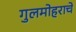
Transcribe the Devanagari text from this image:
गुलमोहराचे